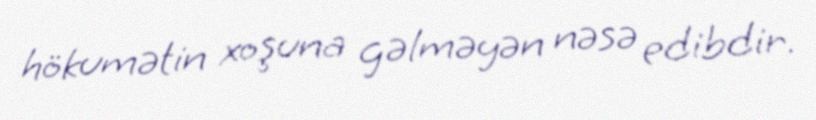
hökumətin xoşuna gəlməyən nəsə edibdir.